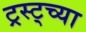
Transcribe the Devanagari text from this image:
ट्रस्ट्च्या